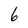
Character: 6